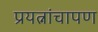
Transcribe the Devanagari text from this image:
प्रयत्नांचापण